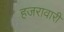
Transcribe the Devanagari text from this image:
हजरावारी